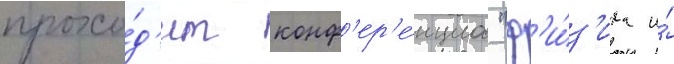
прохо́д'ит конф'ер'е́нциа "ф'и́з'ика и́